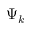
\Psi _ { k }